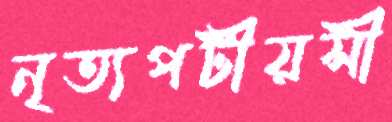
নৃত্যপটীয়সী